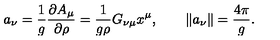
a _ { \nu } = \frac { 1 } { g } \frac { \partial A _ { \mu } } { \partial \rho } = \frac { 1 } { g \rho } G _ { \nu \mu } x ^ { \mu } , \qquad \| a _ { \nu } \| = \frac { 4 \pi } { g } .